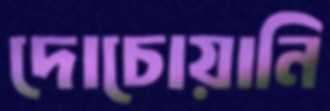
দোচোয়ানি